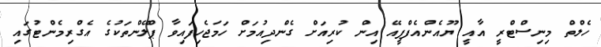
ހެލްތް މިނިސްޓްރީ އާއީ ޔޫއެންއެފްޕީއޭ އިން ކުރިއަށް ގެންދިއުމަށް ހަމަޖެހިފައިވާ ޕްލޭންތަކުގެ އެގްރިމެންޓުގައި